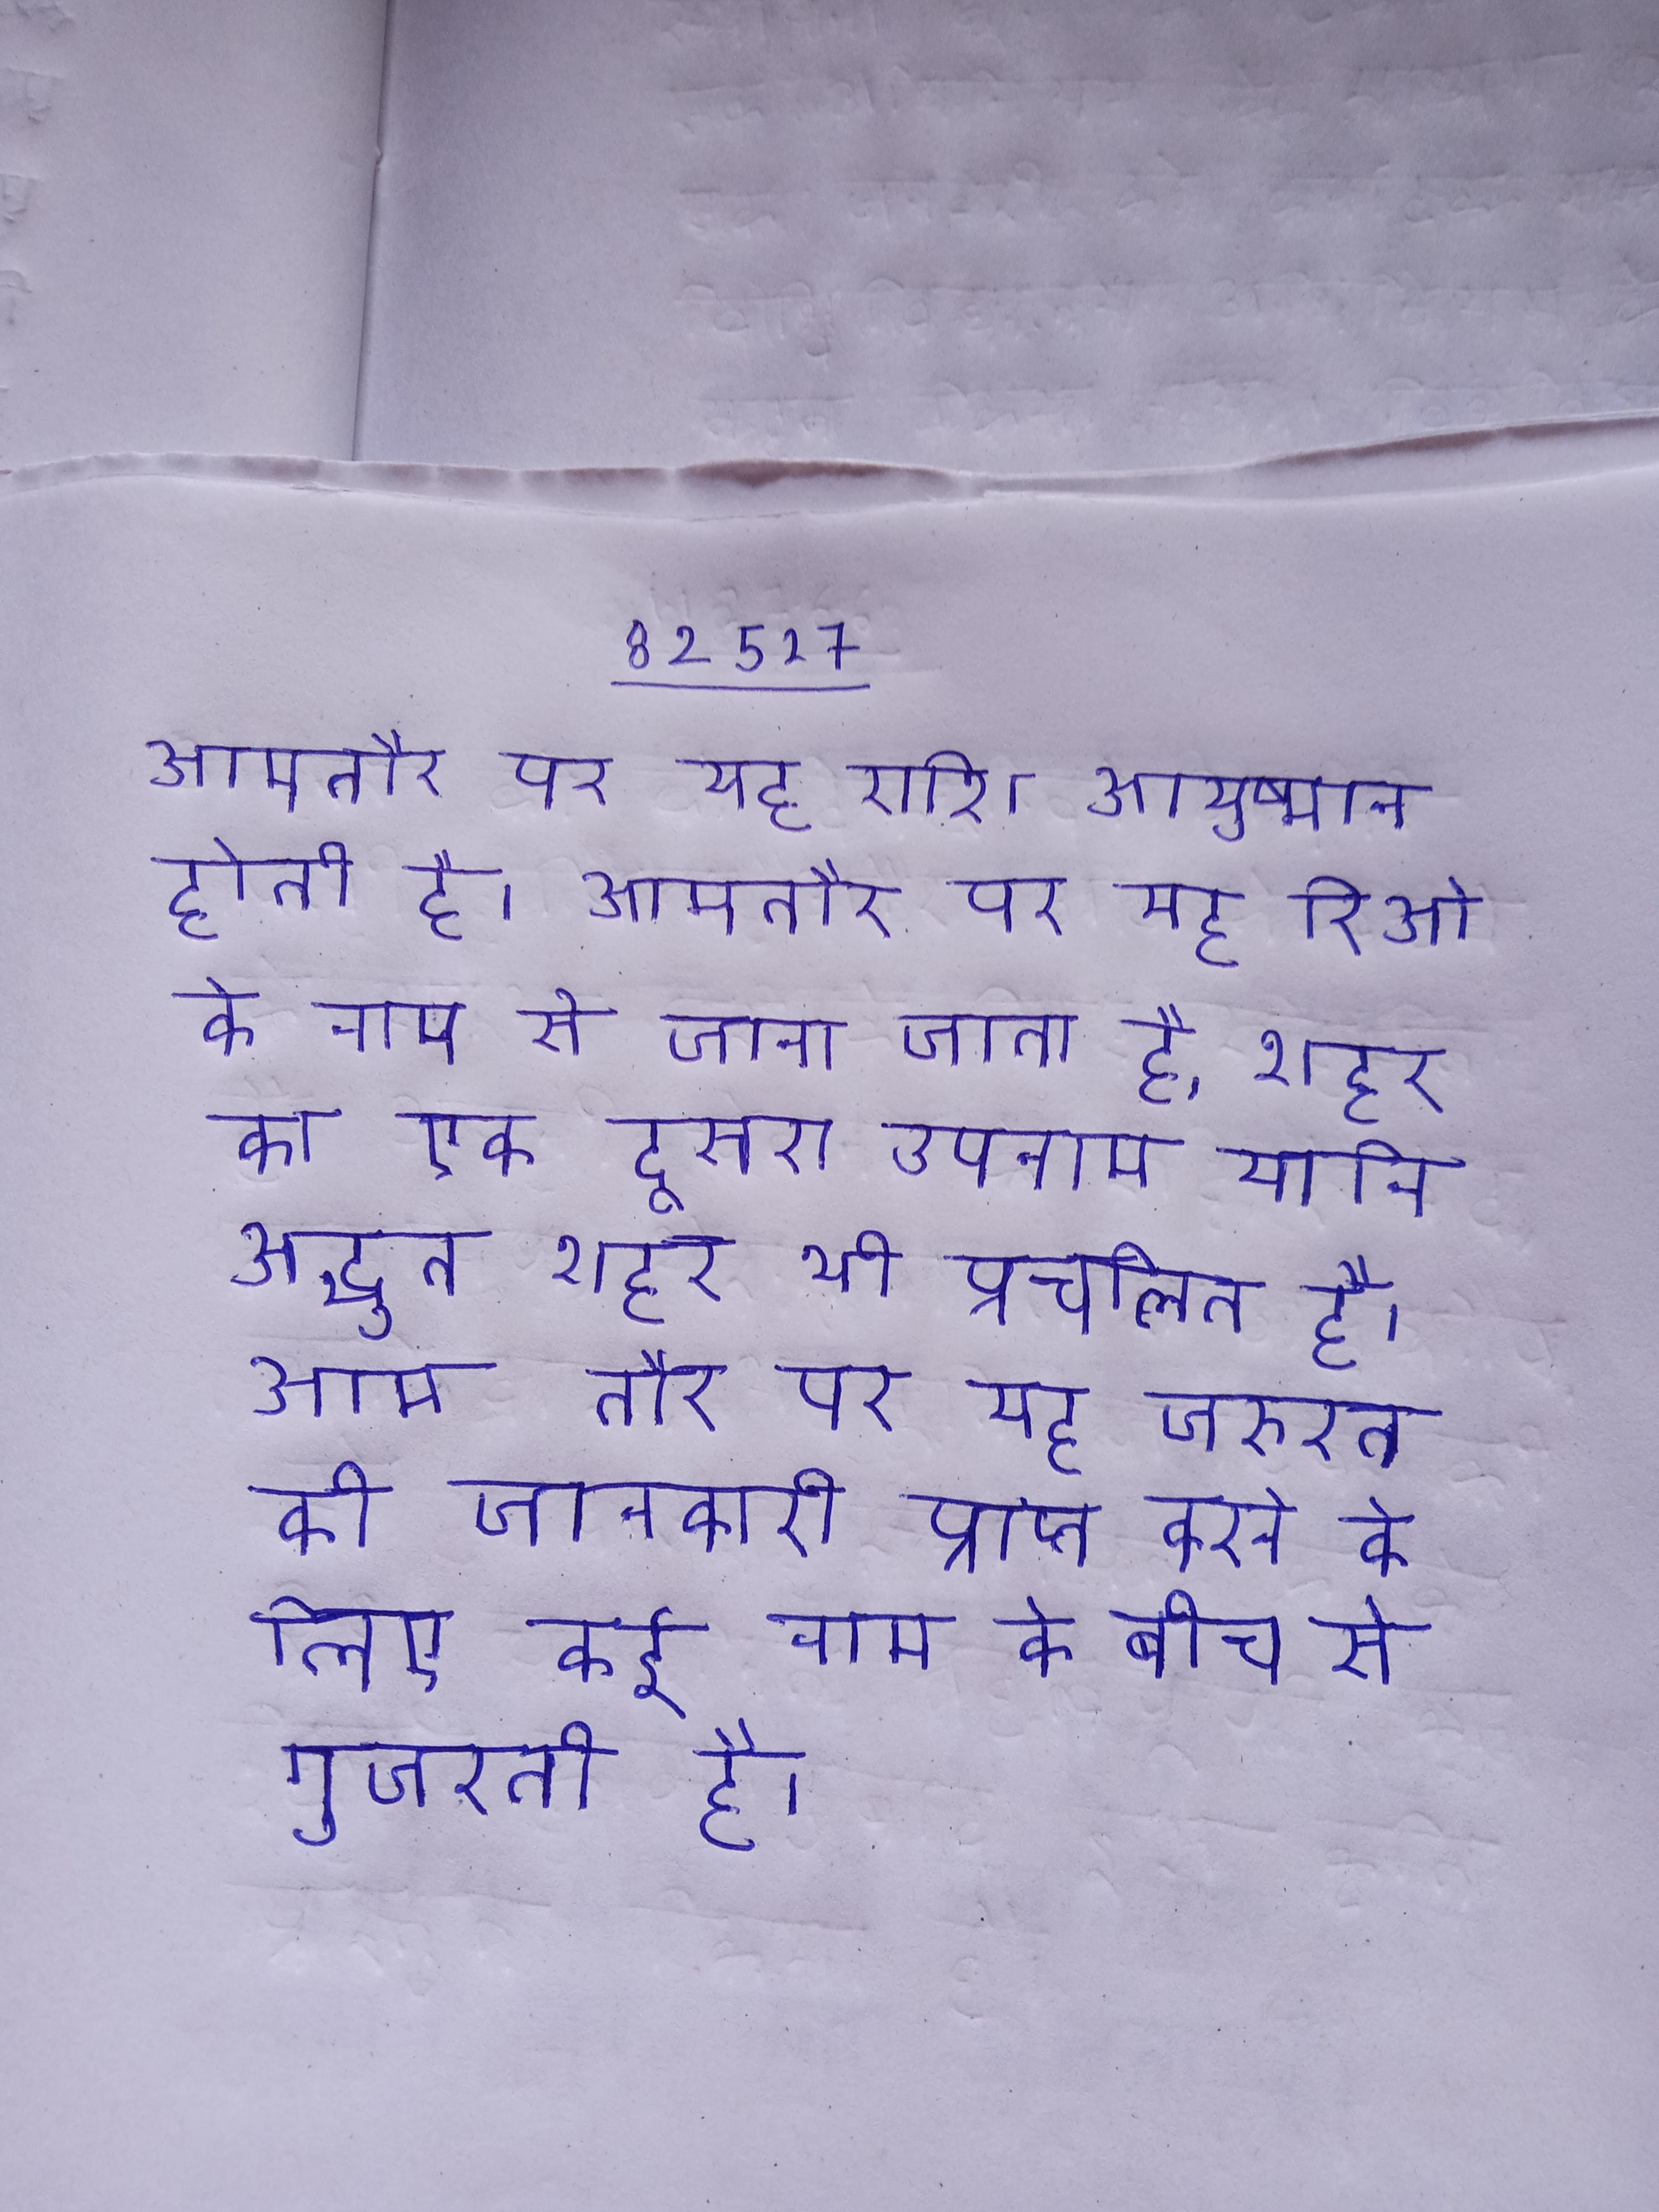
आमतौर पर यह राशि आयुष्मान होती है । आमतौर पर यह रिओ के नाम से जाना जाता है, शहर का एक दूसरा उपनाम यानि अद्भुत शहर भी प्रचलित है । आम तौर पर यह जरूरत की जानकारी प्राप्त करने के लिए कई नाम के बीच से गुजरती है ।